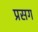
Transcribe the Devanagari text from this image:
प्रसग